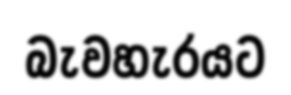
බැවහැරයට